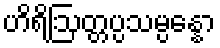
ဟိရိဩတ္တပ္ပသမ္ပန္နော